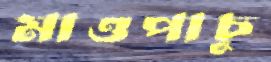
মাওপাচু